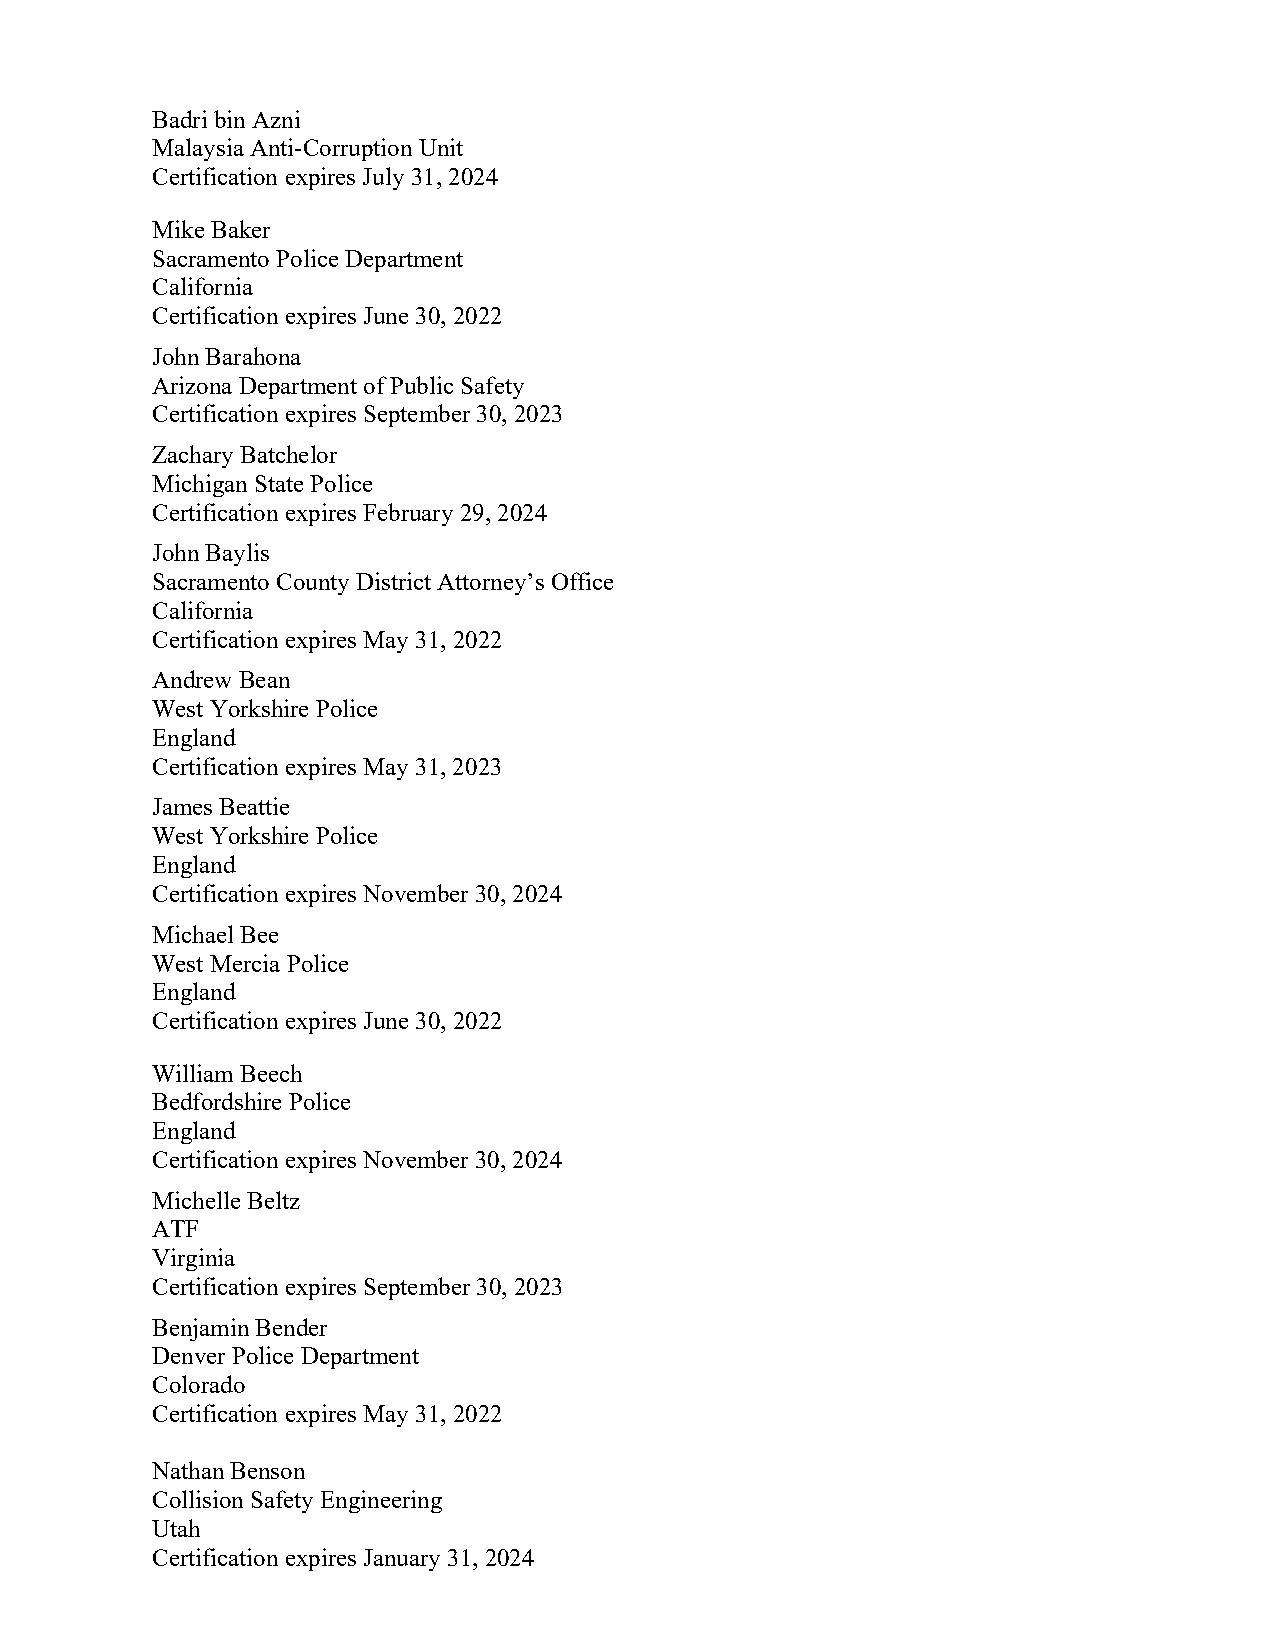
Badri bin Azni
 Malaysia Anti-Corruption Unit
 Certification expires July 31, 2024
 Mike Baker
 Sacramento Police Department
 California
 Certification expires June 30, 2022
 John Barahona
 Arizona Department of Public Safety
 Certification expires September 30, 2023
 Zachary Batchelor
 Michigan State Police
 Certification expires February 29, 2024
 John Baylis
 Sacramento County District Attorney’s Office
 California
 Certification expires May 31, 2022
 Andrew Bean
 West Yorkshire Police
 England
 Certification expires May 31, 2023
 James Beattie
 West Yorkshire Police
 England
 Certification expires November 30, 2024
 Michael Bee
 West Mercia Police
 England
 Certification expires June 30, 2022
 William Beech
 Bedfordshire Police
 England
 Certification expires November 30, 2024
 Michelle Beltz
 ATF
 Virginia
 Certification expires September 30, 2023
 Benjamin Bender
 Denver Police Department
 Colorado
 Certification expires May 31, 2022
 Nathan Benson
 Collision Safety Engineering
 Utah
 Certification expires January 31, 2024